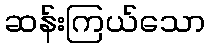
ဆန်းကြယ်သော